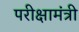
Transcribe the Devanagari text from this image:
परीक्षामंत्री